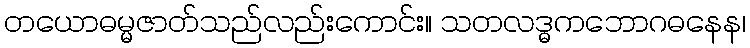
တယောဓမ္မဇာတ်သည်လည်းကောင်း။ သတလဒ္ဓကဘောဂဓနေန၊